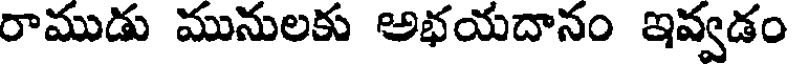
రాముడు మునులకు అభయదానం ఇవ్వడం